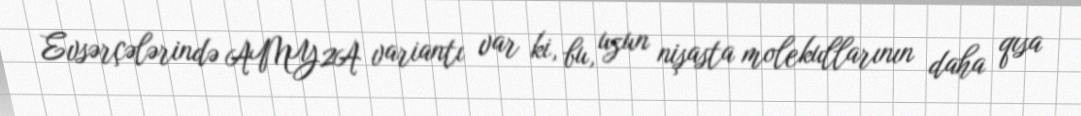
Evsərçələrində AMY2A variantı var ki, bu, uzun nişasta molekullarının daha qısa